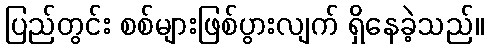
ပြည်တွင်း စစ်များဖြစ်ပွားလျက် ရှိနေခဲ့သည်။